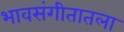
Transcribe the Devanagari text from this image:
भावसंगीतातला